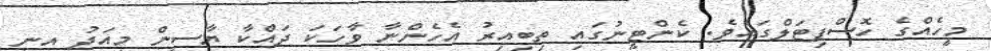
މީހެއްގެ ހޮސްޕިޓަލްގައެވެ. ކެންޓީނުގައި ތިބިއިރު އެހެންނާ ވާހަކަ ދައްކާ ޔާސީން މިއަދު އިނީ